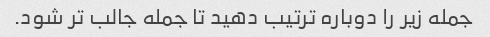
جمله زیر را دوباره ترتیب دهید تا جمله جالب تر شود.